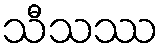
သီသဿ